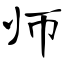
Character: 师